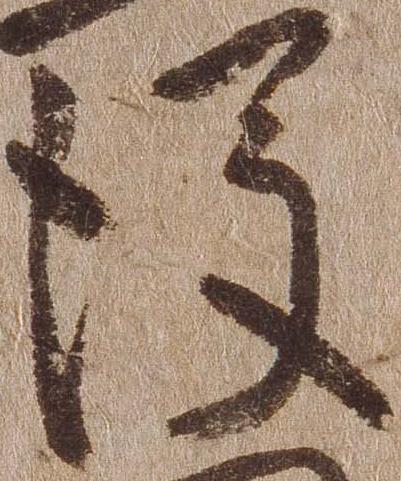
後